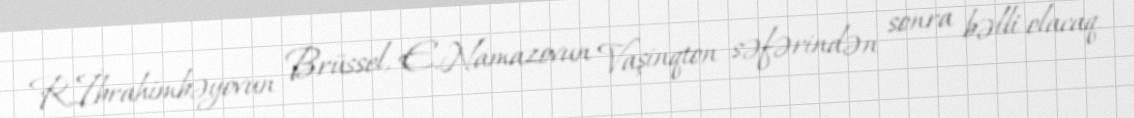
R.İbrahimbəyovun Brüssel, E.Namazovun Vaşinqton səfərindən sonra bəlli olacaq.